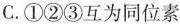
C.①②③互为同位素